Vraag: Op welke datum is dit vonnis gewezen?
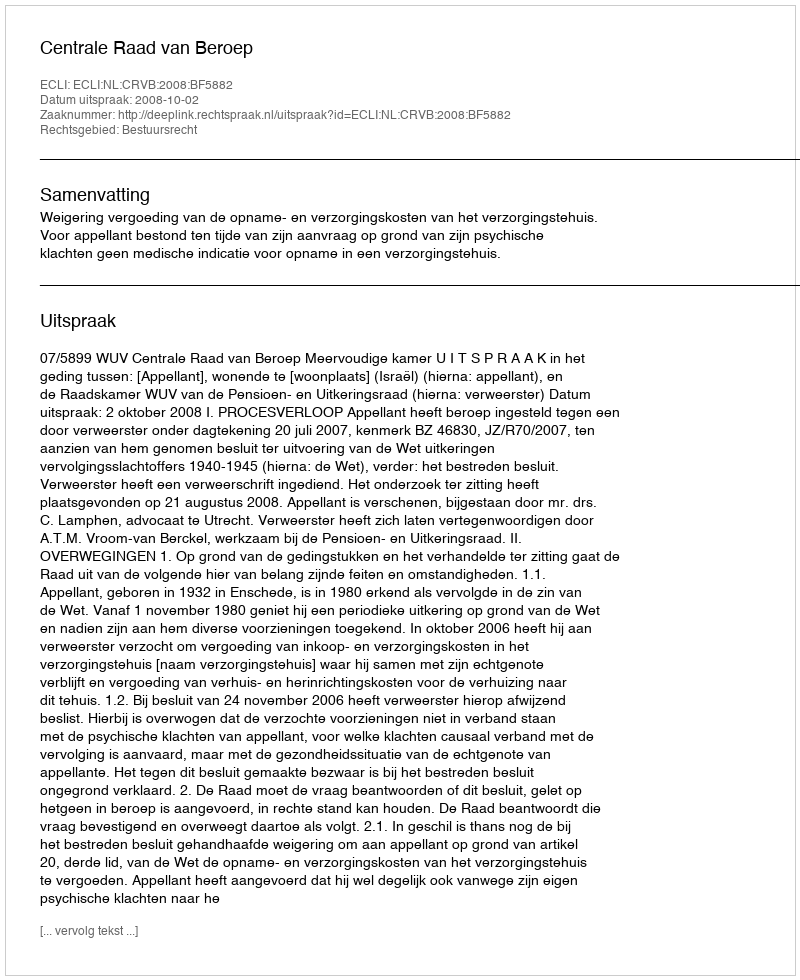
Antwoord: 2008-10-02